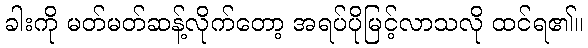
ခါးကို မတ်မတ်ဆန့်လိုက်တော့ အရပ်ပိုမြင့်လာသလို ထင်ရ၏။